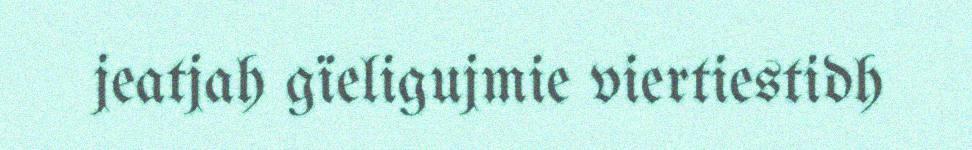
jeatjah gïeligujmie viertiestidh